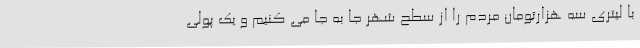
با لیتری سه هزارتومان مردم را از سطح شهر جا به جا می کنیم و یک پولی